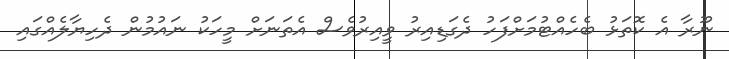
ނޫރާ އެ ކޮތަޅު ބެހެއްޓުމަށްފަހު ދެގަޑިއިރު ވީއިރުވެސް އެތަނަށް މީހަކު ނައުމުން ދެހިޔާލެއްގައި